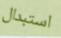
استبدال